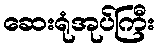
ဆေးရုံအုပ်ကြီး